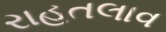
રાહતલાવ